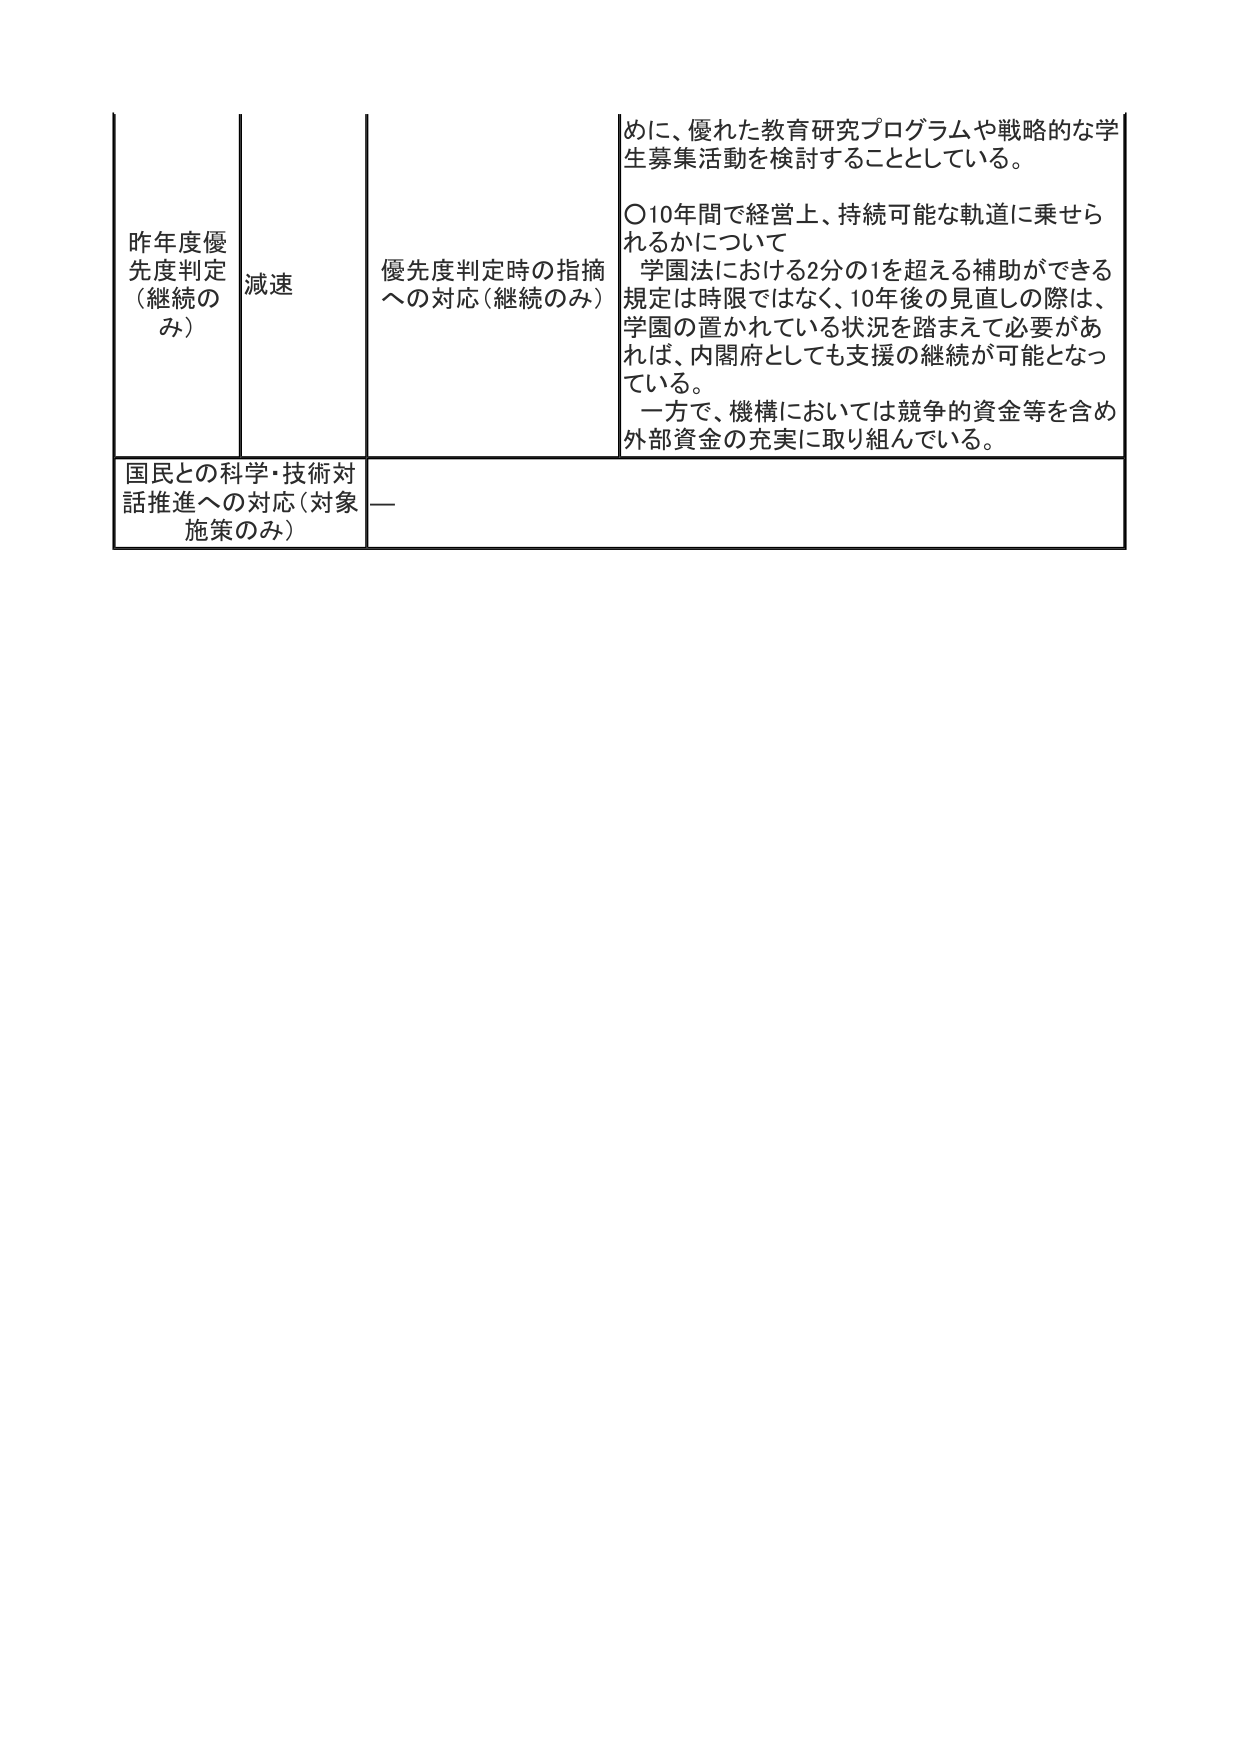
昨年度優先度判定（継続のみ）
減速
優先度判定時の指摘への対応（継続のみ）
めに、優れた教育研究プログラムや戦略的な学生募集活動を検討することとしている。
〇10年間で経営上、持続可能な軌道に乗せられるかについて
学園法における2分の1を超える補助ができる規定は時限ではなく、10年後の見直しの際は、学園の置かれている状況を踏まえて必要があれば、内閣府としても支援の継続が可能となっている。
一方で、機構においては競争的資金等を含め外部資金の充実に取り組んでいる。
国民との科学・技術対話推進への対応（対象施策のみ）
—